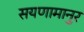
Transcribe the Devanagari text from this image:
सयणामानुर